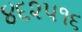
૪૬૨૫૧૬